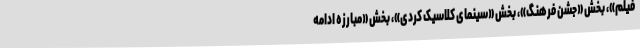
فیلم»، بخش «جشن فرهنگ»، بخش «سینمای کلاسیک کُردی»، بخش «مبارزه ادامه